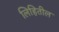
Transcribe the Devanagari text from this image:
लिहितील